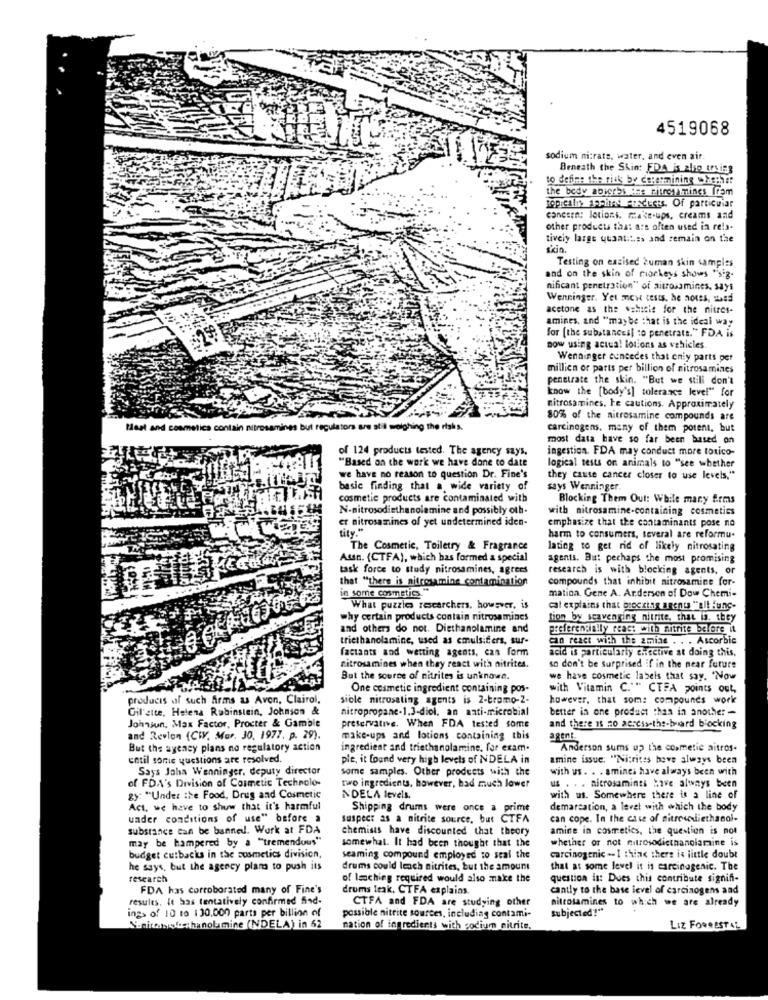
4519068
sodium nitrate, water, and even air
Beneath the Skin: FDA is alio using
to define the risk by cerarmining whenher
the body abverbs ene ritrey fines from
topicaltt 3opinas Fusducts. Of particular
cancsen: lotions. make-ups, creams and
other products that are often used in rela-
tively large quantit.s. and remain on the
skin.
Testing on exzised 2uman skin samples
and on the skin of marleys shows "sig.
nificant penetration" of aitrossmines, says
Wenninger. Yet mek tests, he notes, wheed
acetone as the sshscie for the nitres-
amines, and "maybe that is the ideal way
for [the substancesl to penetrate." FDA is
now using actua! lotions as vehicles.
Wenninger euncedes that eniy parts per
millien or parts per billion of nitrosamines
penetrate the skin. "But we still don't
know the [body's] tolerance level" for
nitrosamines, he cautions. Approximately
80% of the nitrosamine compounds are
Meat and cosmetics contain nitross
nes but regulators ares
10 the risks.
carcinogens. many of them potent, but
most data have so far been based on
of 124 products tested. The agency says,
ingestion. FDA may conduct more totico-
"Based on the work we have done to date
logical tests on animals to "see whether
we have no reason to question Dr. Fine's
they cause cancer closer to use levels."
basic finding that a wide variety of
says Wenninger.
cosmetic products are contaminated with
Blocking Them Out: While many firms
N-nitrosodiethanolamine and possibly oth-
with nitrosamine-containing cosmetics
er nitrosamines of yet undetermined iden-
tite "
emphasize that the contaminants pose no
harm to consumers, several are reformu-
The Cosmetic, Toiletry & Fragrance
lating to get rid of likely nitrosating
Adan. (CTFA), which has formed a special
agents. But perhaps the most promising
task force to study nitrosamines, agrees
research is with blocking agents, or
that "there is aitresamine contamination
compounds that inhibit nitrosamine for-
in some cosmetics. "*
mation. Gene A. Andersen of Dow Chemi-
What puzzles researchers, however, is
cat explains that brocking anenus "all func-
why certain products contain nitrosamines
tion by scavenging nitrite, that is. they
and others do not. Diethanolamine and
preferencially react with nitrite before it
triethanolamine, used as emulsifiers, sur-
can react with the 2miae . . . Ascorbic
factants and wetting agents, can form
acid is particularly chective at doing this,
nitrosamines when they react with nitrites.
so don't be surprised if in the near future
But the source of nitrites is unknown.
we have cosmetic labels that say. "Now
One cosmetic ingredient containing pos-
with Vitamin C."" CTFA points out,
products of such firms & Avon, Clairol,
sible nitrosating agents is 2-bramo-2-
however, that som: compounds work
Gil'atte, Helena Rubinstein, Johnson &
nitropropane-1.3-diol. an anti-microbial
better in one product than in another -
Johnson, Max Factor, Procter & Gamble
preservative. When FDA tested some
and there 18 20 20:cis-the-buard blocking
and Revlon (CIV. Mar. 30, 1977. p. 29).
make-ups and lotions containing this
agent.
But the agency plans no regulatory action
ingredient and triethanolamine, for exam.
Anderson sums up the cosmetic aitros-
until some questions are resolved.
ple, it found very high levels of NDELA in
amine issue: "Nitrites hove always been
Says Jaha Wenninger, deputy director
some samples. Other products with the
with us. . . aminci have always been with
of FDA's Division of Cosmetic Technolo-
two ingredients, however, had much lower
us . . . nitrosaminas Have always been
gy: "Under the Food, Drug and Cosmetic
NDELA levels.
with us. Somewhere there is a line of
Act. we have to show that it's harmful
Shipping drums were once a prime
demarcation, a level with which the body
under conditions of use" before a
suspect as a nitrite source, but CTFA
can cope. In the case of sitroudiethanol-
substance can be banned. Work at FDA
amine in cosmetics, the question is not
may be hampered by a "tremendous"
chemists have discounted that theory
whether or not nitrosodiethanolamine is
somewhat. It had been thought that the
budget cutbacks in the cosmetics division,
seaming compound employed to scal the
carcinogenic -- I think there is little doubt
he says, but the agency plan to push its
drums could leach nitrites, but the amount
that at some level it is carcinogenic. The
research
of leaching required would also make the
question is: Dues this contribute signifi-
FDA has corroborated many of Fine's
drums leak. CTFA explains.
cantly to the base level of carcinogens and
results. It has tentatively confirmed find-
CTFA and FDA are studying other
nitrosamines to which we are already
subjected!"
ings of 10 to 130.000 parts per billion of
possible nitrite sources, including contami-
Y.sittenstechanolamine (NDELA) in 62
nation of ingredients with sodium nitrite.
LIZ FORRESTAL